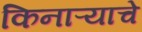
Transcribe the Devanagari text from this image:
किनाऱ्याचे